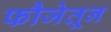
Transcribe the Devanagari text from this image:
फौजेतून